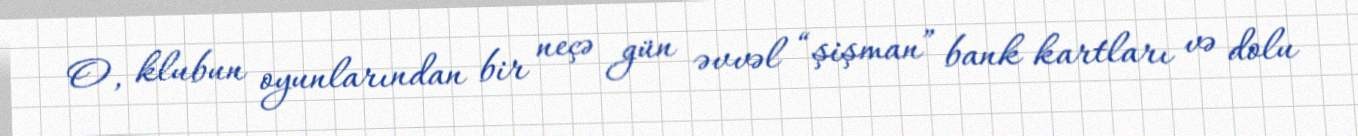
O, klubun oyunlarından bir neçə gün əvvəl “şişman” bank kartları və dolu